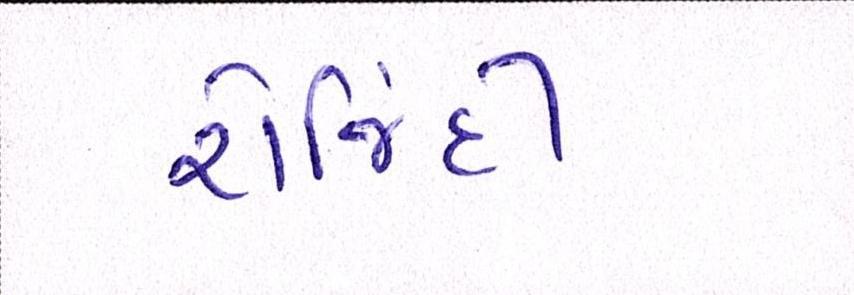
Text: રોજિંદી